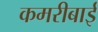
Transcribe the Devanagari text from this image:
कमरीबाई